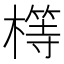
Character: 𣛆